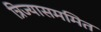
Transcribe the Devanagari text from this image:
त्रिज्यासममित